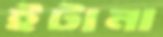
ইটানা